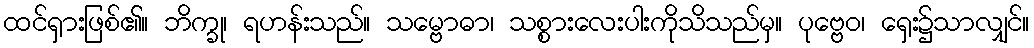
ထင်ရှားဖြစ်၏။ ဘိက္ခု၊ ရဟန်းသည်။ သမ္ဗောဓာ၊ သစ္စားလေးပါးကိုသိသည်မှ။ ပုဗ္ဗေဝ၊ ရှေး၌သာလျှင်။